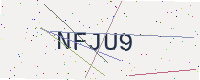
Text: NFJU9